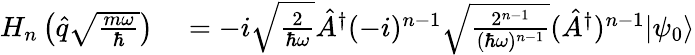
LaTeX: \begin{array}{rl}{H_{n}\left(\hat{q}\sqrt{\frac{m\omega}{\hbar}}\right)}&{{}=-i\sqrt{\frac{2}{\hbar\omega}}\hat{A}^{\dagger}(-i)^{n-1}\sqrt{\frac{2^{n-1}}{(\hbar\omega)^{n-1}}}(\hat{A}^{\dagger})^{n-1}|\psi_{0}\rangle}\end{array}